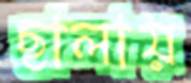
ছালায়